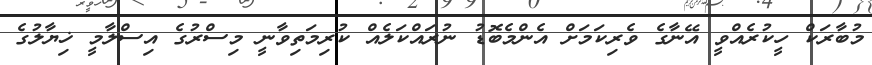
މުބާރަކް ހީކުރެއްވީ އޭނާގެ ވެރިކަމަށް އެންމެބޮޑު ނުރައްކަލެއް ކުރިމަތިވާނީ މިސްރުގެ އިސްލާމީ ޚިޔާލުގެ